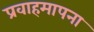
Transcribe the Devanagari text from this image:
प्रवाहमापना